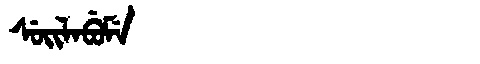
Manchu: ᠰᡠᡳᠯᠠᠪᡠᠮᡝ
Romanization: SUILABUME